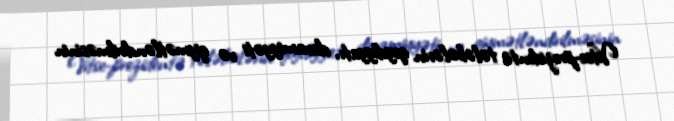
Vitse-prezidentə tələbələrin qeydiyyatı, davamiyyəti və qiymətləndirilməsinin